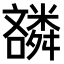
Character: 𫬪